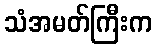
သံအမတ်ကြီးက